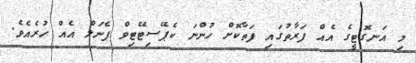
މި އަނގޮޓީގެ އެއް ފަރާތުގައި ފަތާކޮށް ހުންނަ ކެޕޭސިޓޭޓިވް ޕެނަލް އެއް ހުރެއެވެ.